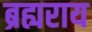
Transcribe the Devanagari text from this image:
ब्रह्यराय